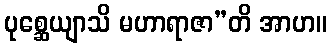
ပုစ္ဆေယျာသိ မဟာရာဇာ”တိ အာဟ။